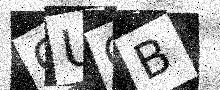
Text: GUGB